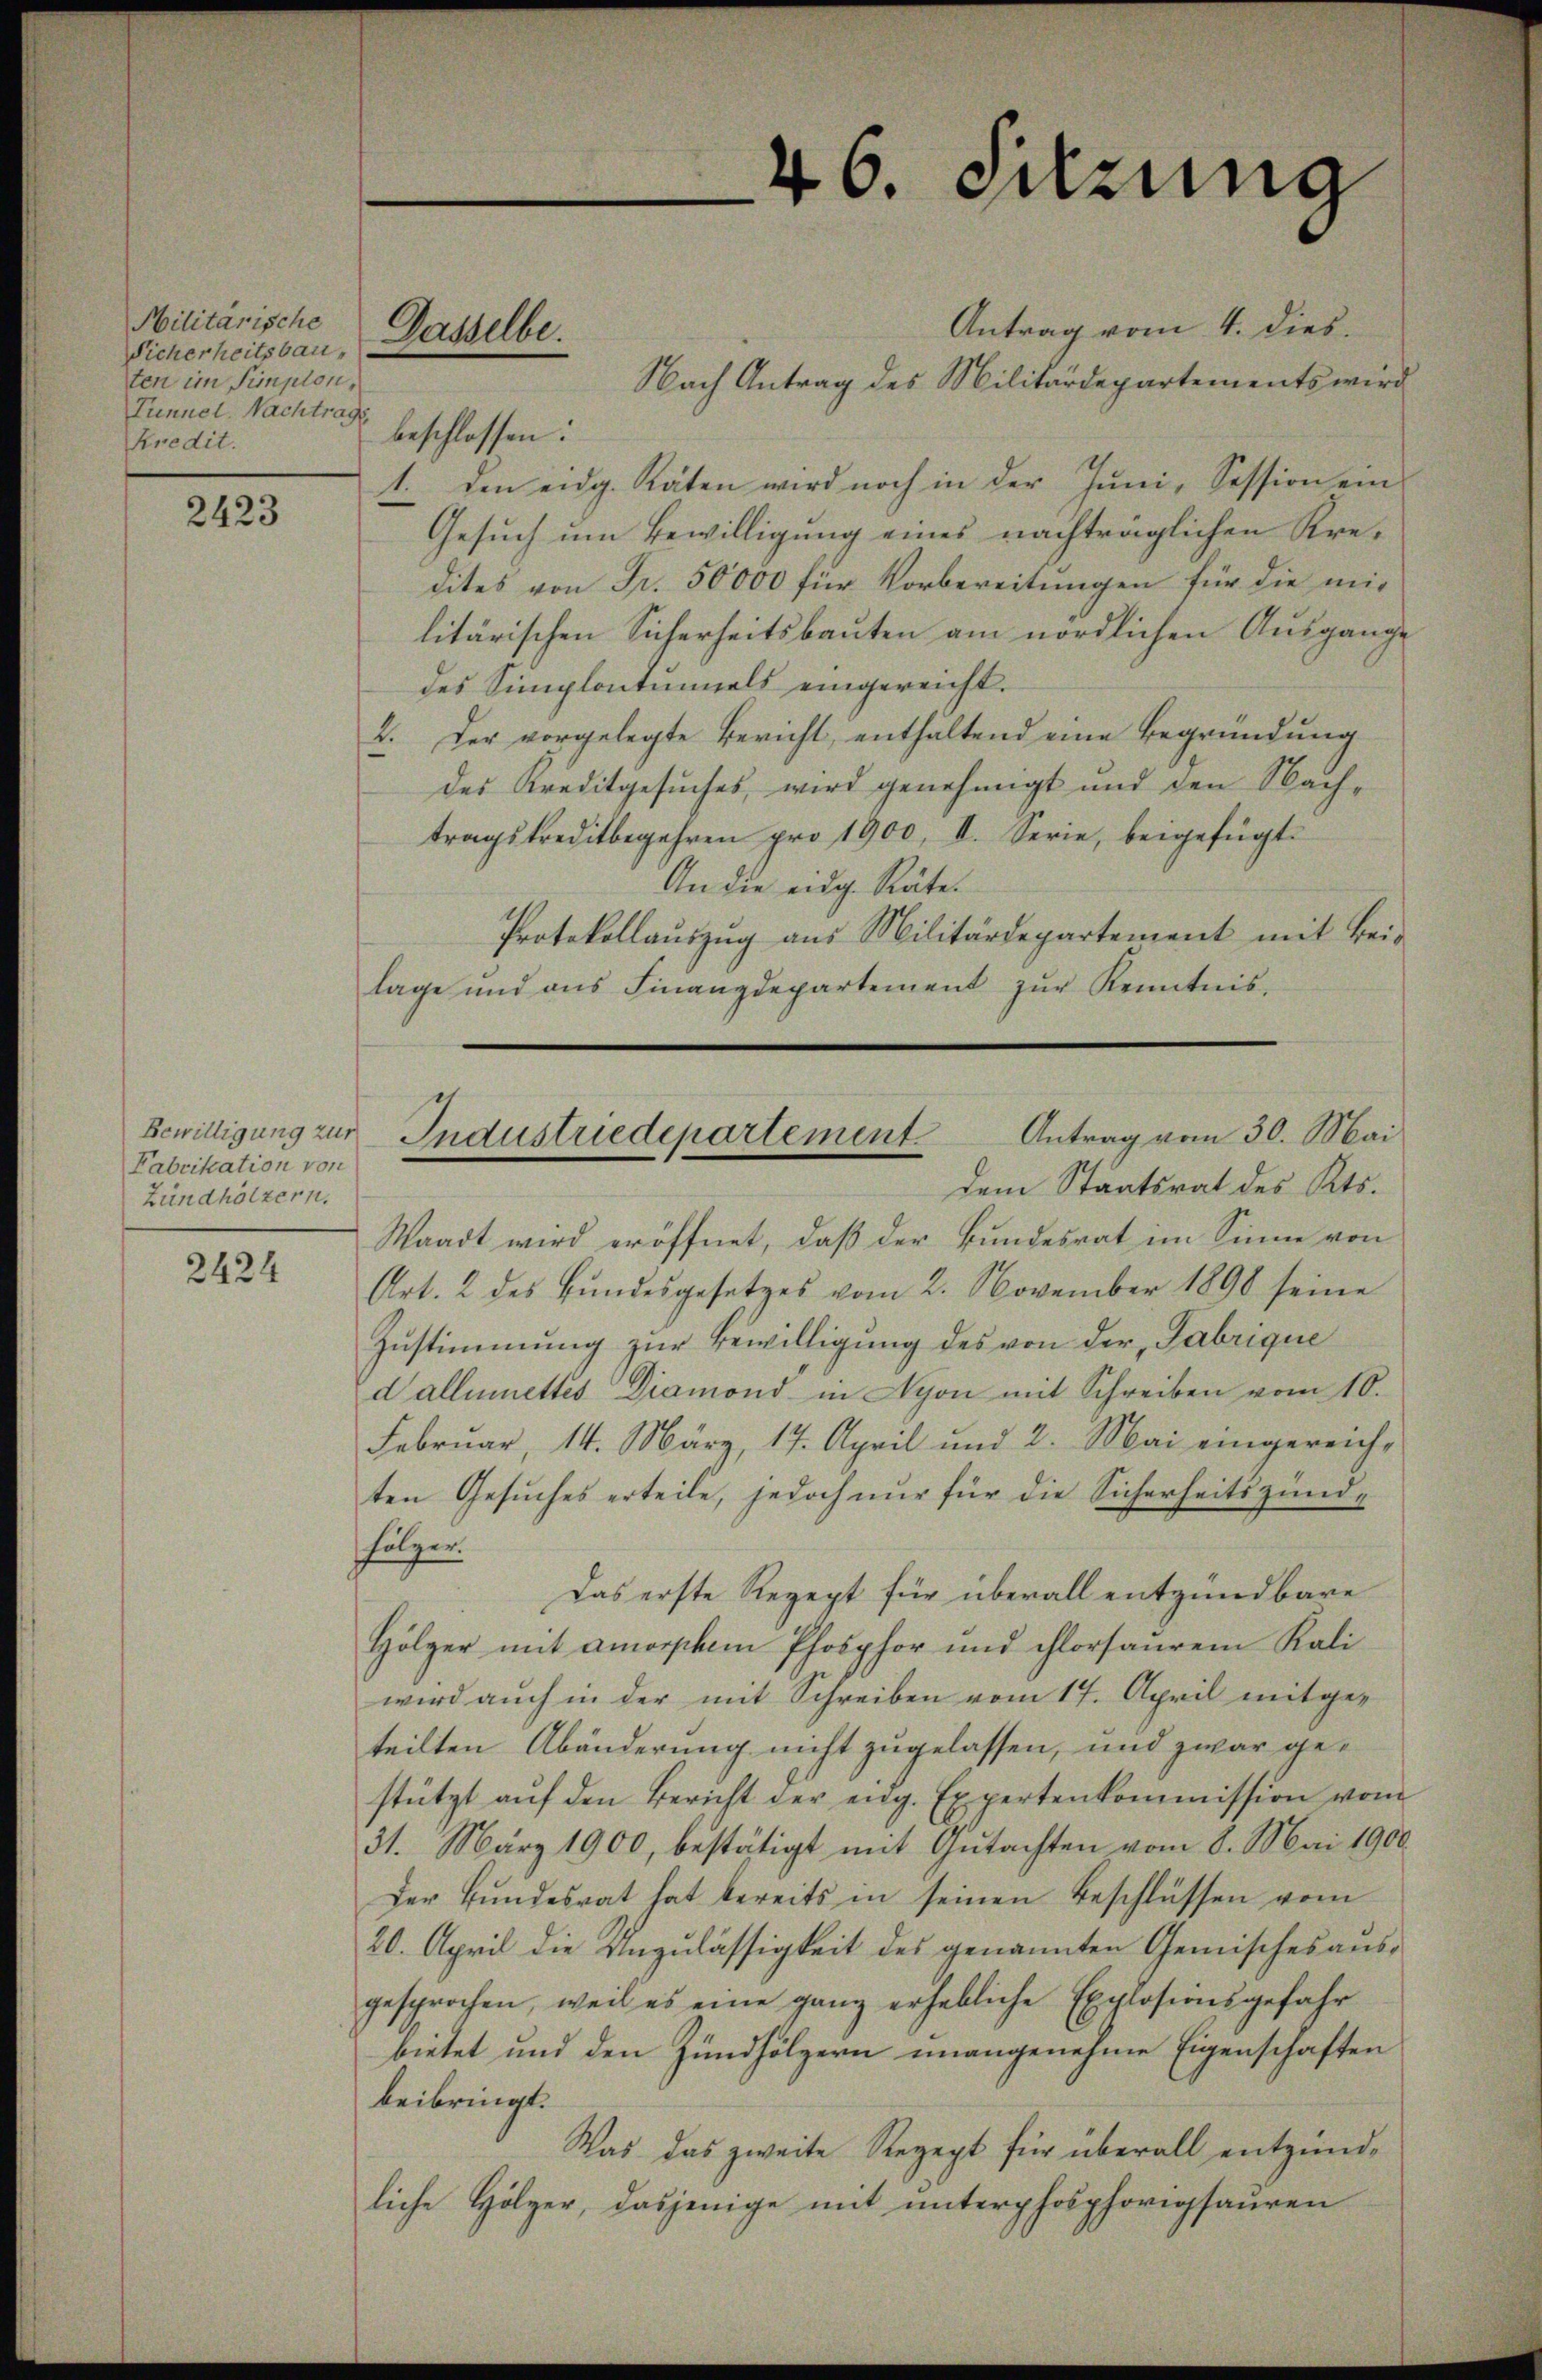
Militärische
Sicherheitsbauten im Simplon,
Tunnel. Nachtrags
Kredit.

2423

Fabrikation von
Zündhölzern.

2424

Antrag vom 4. dies.
Nach Antrag des Militärdepartements wird
beschlossen:
1. den eidg. Räten wird noch in der Juni, Session ein
Gesuch um Bewilligung eines nachträglichen Kredites von Fr. 50000 für Vorbereitungen für die mit
litärischen Sicherheitsbauten am nördlichen Ausgange
des Simplontumels eingereicht.
2. Der vorgelegte Bericht, enthaltend eine Begründung
des Kreditgesuches, wird genehmigt und den Nachtragskreditbegehren pro 1900, II. Serie, beigefügt:
An die eidg. Räte.
Protokollauszug aus Militärdepartement mit Beis
lage und ans Finanzdepartement zŭr Kenntnis-

Gasselbe.

Dem Staatsrat des Kts.
Waadt wird eröffnet, daß der Bundesrat im Sinne von
Art. 2 des Bŭndesgesetzes vom 2. November 1890 seine
Zustimmung zur Bewilligung des von der Fabrique
d alleinettes Diamond in Nyon mit Schreiben vom 10.
Februar, 14. März, 17. April und 2. Mai eingereichten Gesuches erteile, jedoch nur für die Sicherheitszundfolger.
Das erste Rezept für überall entzündbare
Hölzer mit amorphem Phosphor und chorsauren Kali
wird auch in der mit Schreiben vom 17. April mitgeteilten Abänderung nicht zugelassen, und zwar gestützt aŭf den Bericht der eidg. Expertenkommission vom
31. März 1900, bestätigt mit Gutachten vom 8. Mai 1900
Der Bŭndesrat hat bereits in seinen Beschlüssen vom
20. April die Unzulässigkeit des genannten Gemisches ausgesprochen, weil es eine ganz erhebliche Explosionsgefahr
bietet und den Zündhölzern unangenehme Eigenschaften
beibringt.
Was das zweite Rezept für überall entzündliche Hölzer, dasjenige mit unterphosphorigsauren

46. Setzung

Antrag vom 30. Mai
Bewilligung zur Industriedepartement